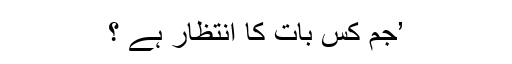
’جم کس بات کا انتظار ہے ؟